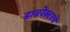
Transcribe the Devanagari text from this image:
डायरेक्टरचे